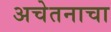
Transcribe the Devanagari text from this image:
अचेतनाचा